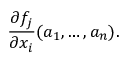
{ \frac { \partial f _ { j } } { \partial { x _ { i } } } } ( a _ { 1 } , \dots , a _ { n } ) .